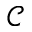
{ \mathcal C }